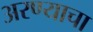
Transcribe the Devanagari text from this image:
अरण्याचा